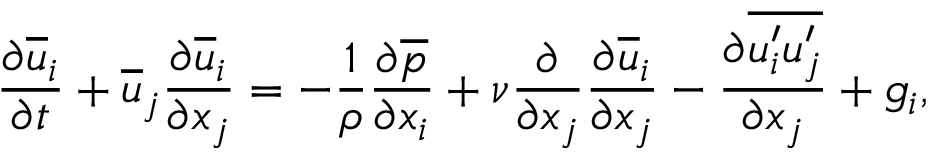
\frac { \partial \overline { { u } } _ { i } } { \partial t } + \overline { { u } } _ { j } \frac { \partial \overline { { u } } _ { i } } { \partial x _ { j } } = - \frac { 1 } { \rho } \frac { \partial \overline { { p } } } { \partial x _ { i } } + \nu \frac { \partial } { \partial x _ { j } } \frac { \partial \overline { { u } } _ { i } } { \partial x _ { j } } - \frac { \partial \overline { { u _ { i } ^ { \prime } u _ { j } ^ { \prime } } } } { \partial x _ { j } } + g _ { i } ,